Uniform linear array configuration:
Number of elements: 64
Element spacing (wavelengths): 0.25
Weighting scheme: blackman
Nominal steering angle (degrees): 15
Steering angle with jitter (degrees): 15.431
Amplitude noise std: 0.05
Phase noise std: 0.05

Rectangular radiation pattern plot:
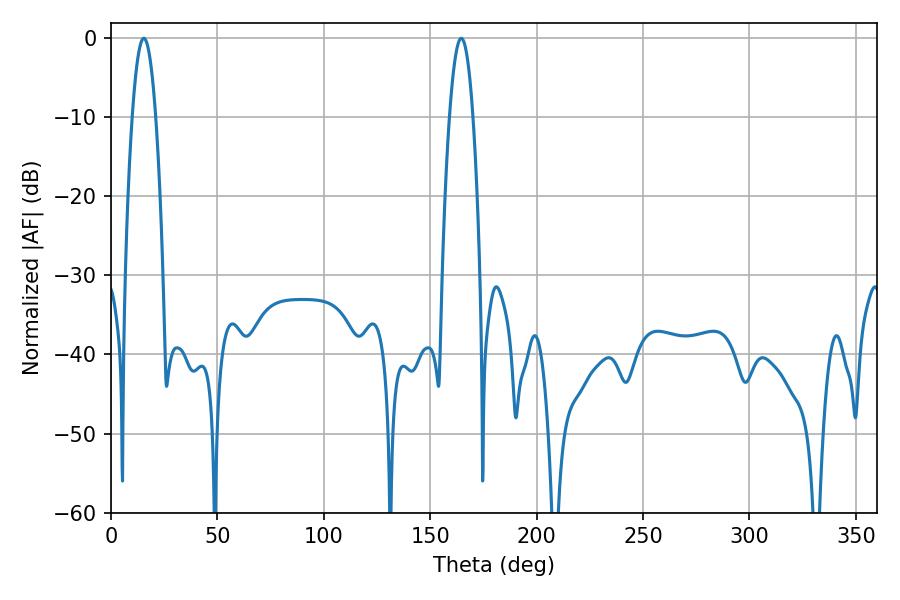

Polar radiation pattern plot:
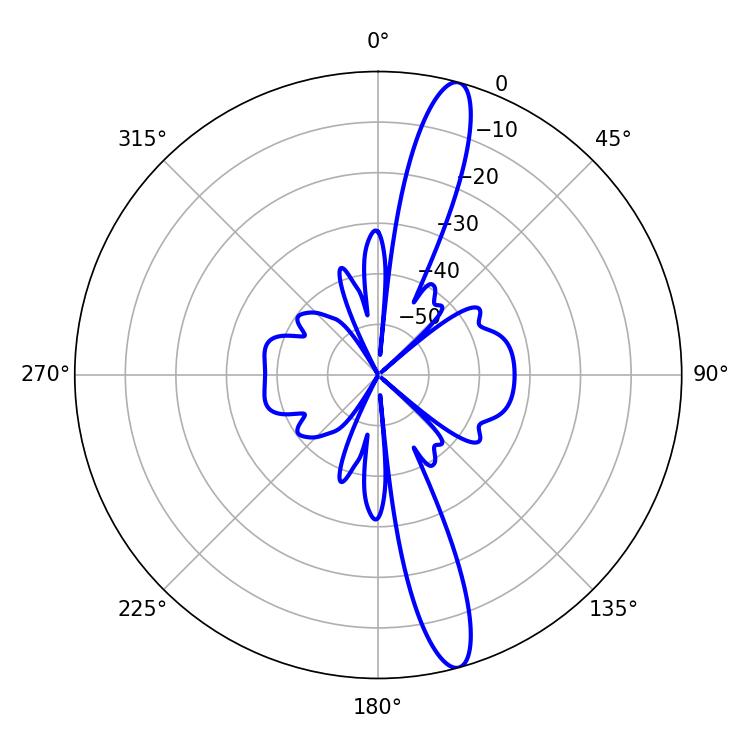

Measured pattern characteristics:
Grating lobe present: FALSE
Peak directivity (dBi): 15.151
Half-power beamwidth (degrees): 6.12
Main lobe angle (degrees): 15.48